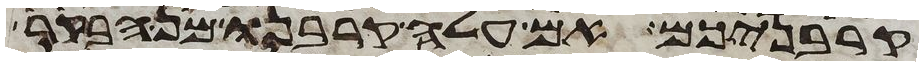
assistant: קרבניכם אם עלה קרבנו מן הבקר